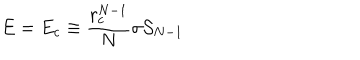
LaTeX: E = E _ { c } \equiv { \frac { r _ { c } ^ { N - 1 } } { N } } \sigma { \cal S } _ { N - 1 }